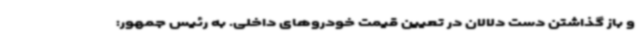
و باز گذاشتن دست دلالان در تعیین قیمت خودروهای داخلی. به رئیس جمهور: